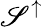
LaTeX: \mathscr{S}^{\uparrow}